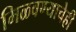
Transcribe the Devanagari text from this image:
मिळवण्याचेही